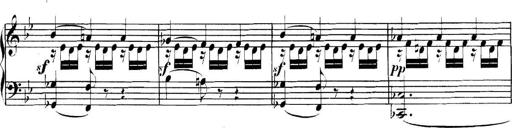
Title: Collected Piano Sonatas
Composer: Muzio Clementi